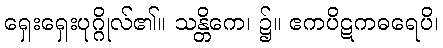
ရှေးရှေးပုဂ္ဂိုလ်၏။ သန္တိကေ၊ ၌။ ဧကပိဋကဓရေပိ၊